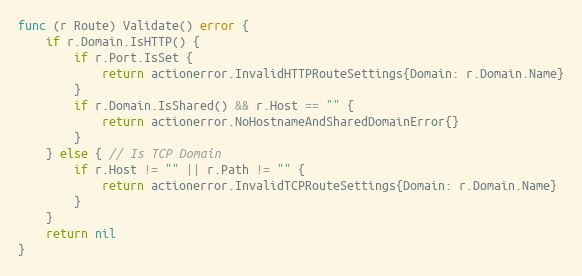
Language: Go
func (r Route) Validate() error {
	if r.Domain.IsHTTP() {
		if r.Port.IsSet {
			return actionerror.InvalidHTTPRouteSettings{Domain: r.Domain.Name}
		}
		if r.Domain.IsShared() && r.Host == "" {
			return actionerror.NoHostnameAndSharedDomainError{}
		}
	} else { // Is TCP Domain
		if r.Host != "" || r.Path != "" {
			return actionerror.InvalidTCPRouteSettings{Domain: r.Domain.Name}
		}
	}
	return nil
}